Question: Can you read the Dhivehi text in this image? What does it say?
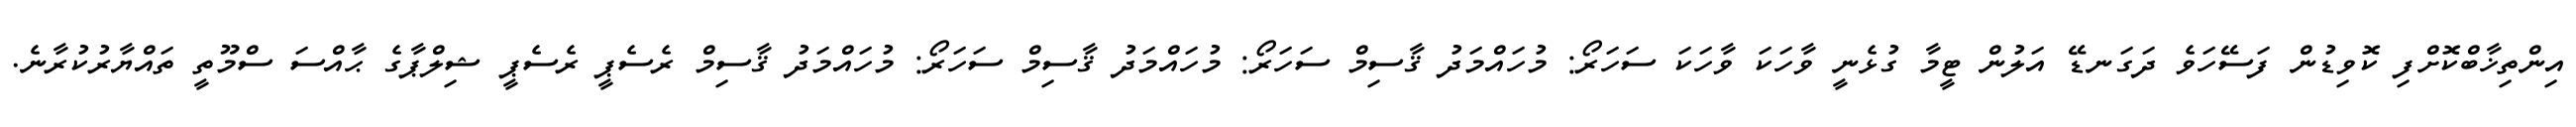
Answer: އިންތިޚާބްކޮށްފި ކޮވިޑުން ފަސޭހަވެ ދަގަނޑޭ އަލުން ޓީމާ ގުޅެނީ ވާހަކަ ވާހަކަ ސަހަރޯ: މުހައްމަދު ޤާސިމް ސަހަރޯ: މުހައްމަދު ޤާސިމް ސަހަރޯ: މުހައްމަދު ޤާސިމް ރެސެޕީ ރެސެޕީ ޝިލްޕާގެ ޙާއްސަ ސްމޫތީ ތައްޔާރުކުރާނެ.